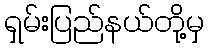
ရှမ်းပြည်နယ်တို့မှ